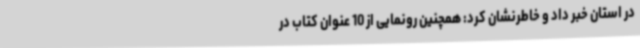
در استان خبر داد و خاطرنشان کرد: همچنین رونمایی از 10 عنوان کتاب در